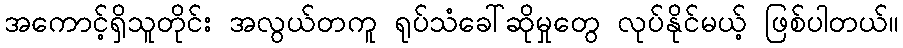
အကောင့်ရှိသူတိုင်း အလွယ်တကူ ရုပ်သံခေါ်ဆိုမှုတွေ လုပ်နိုင်မယ့် ဖြစ်ပါတယ်။